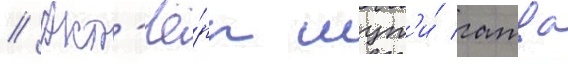
// Акт'ё́ры шут'и́ гатва